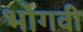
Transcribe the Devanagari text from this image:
भोगवी